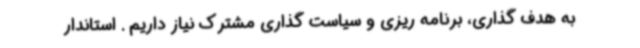
به هدف گذاری، برنامه ریزی و سیاست گذاری مشترک نیاز داریم . استاندار